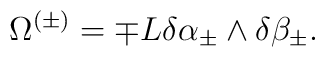
\Omega^{(\pm)}=\mp L\delta\alpha_{\pm}\wedge\delta\beta_{\pm}.